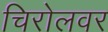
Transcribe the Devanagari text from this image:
चिरोलवर